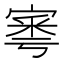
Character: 𡩭